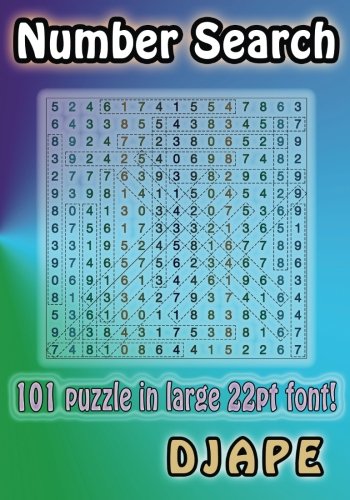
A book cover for Number Search: 101 puzzle in large 22pt font!; Djape; Humor & Entertainment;